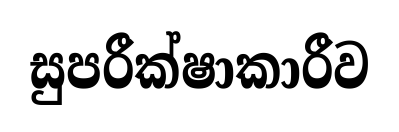
සුපරීක්ෂාකාරීව